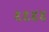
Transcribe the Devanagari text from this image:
९९४४